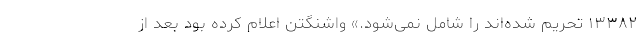
۱۳۳۸۲ تحریم شده‌اند را شامل نمی‌شود.» واشنگتن اعلام کرده بود بعد از